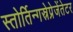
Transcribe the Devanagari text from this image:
स्तोर्तिन्गस्रेप्रेजेंतेटर